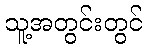
သူ့အတွင်းတွင်